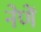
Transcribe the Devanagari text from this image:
नेणें